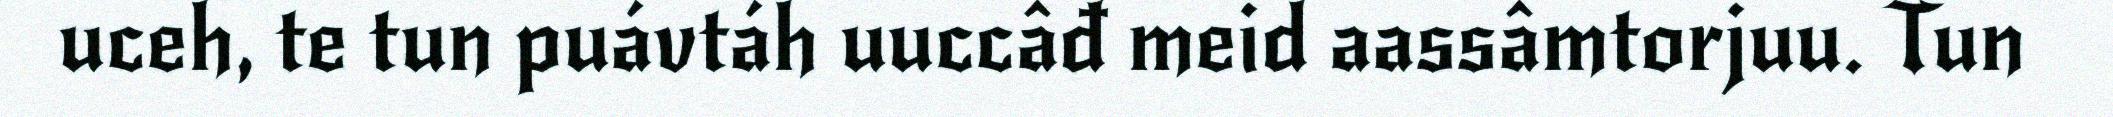
uceh, te tun puávtáh uuccâđ meid aassâmtorjuu. Tun